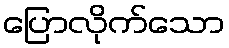
ပြောလိုက်သော